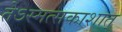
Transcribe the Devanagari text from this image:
तेऽस्मत्सकाशात्